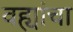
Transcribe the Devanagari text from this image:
वह्यांचा